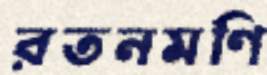
রতনমণি